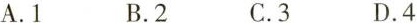
A.1 B.2 C.3 D.4